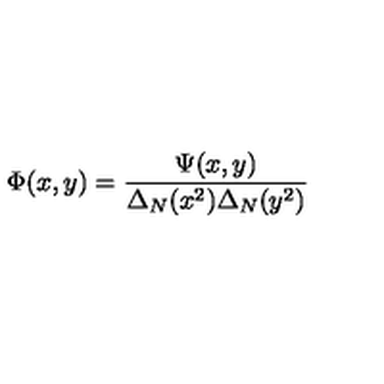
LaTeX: \Phi ( x , y ) = \frac { \Psi ( x , y ) } { \Delta _ { N } ( x ^ { 2 } ) \Delta _ { N } ( y ^ { 2 } ) }